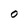
Character: O